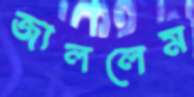
জাললেম